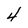
Character: 4